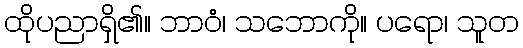
ထိုပညာရှိ၏။ ဘာဝံ၊ သဘောကို။ ပရော၊ သူတ